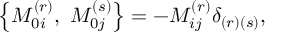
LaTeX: \left\{ M _ { 0 i } ^ { ( r ) } , \ M _ { 0 j } ^ { ( s ) } \right\} = - M _ { i j } ^ { ( r ) } \delta _ { \left( r \right) \left( s \right) } ,